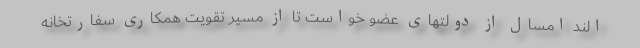
الند امسال از دولتهای عضو خواست تا از مسیر تقویت همکاری سفارتخانه